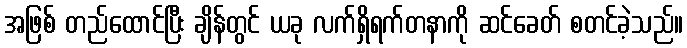
အဖြစ် တည်ထောင်ပြီး ချိန်တွင် ယခု လက်ရှိရက်တနာကို ဆင်ခေတ် စတင်ခဲ့သည်။